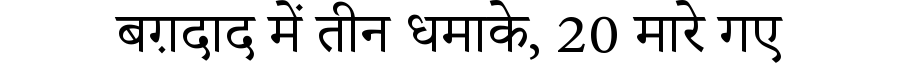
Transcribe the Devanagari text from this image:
बग़दाद में तीन धमाके, 20 मारे गए